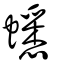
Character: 蟋